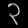
Digit: ၃